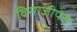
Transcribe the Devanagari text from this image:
विसाजीपंत